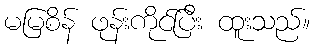
မမြစိန် ဖုန်းကိုင်ပြီး ထူးသည်။